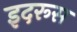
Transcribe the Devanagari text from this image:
इदरूस